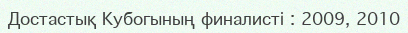
Достастық Кубогының финалисті : 2009, 2010